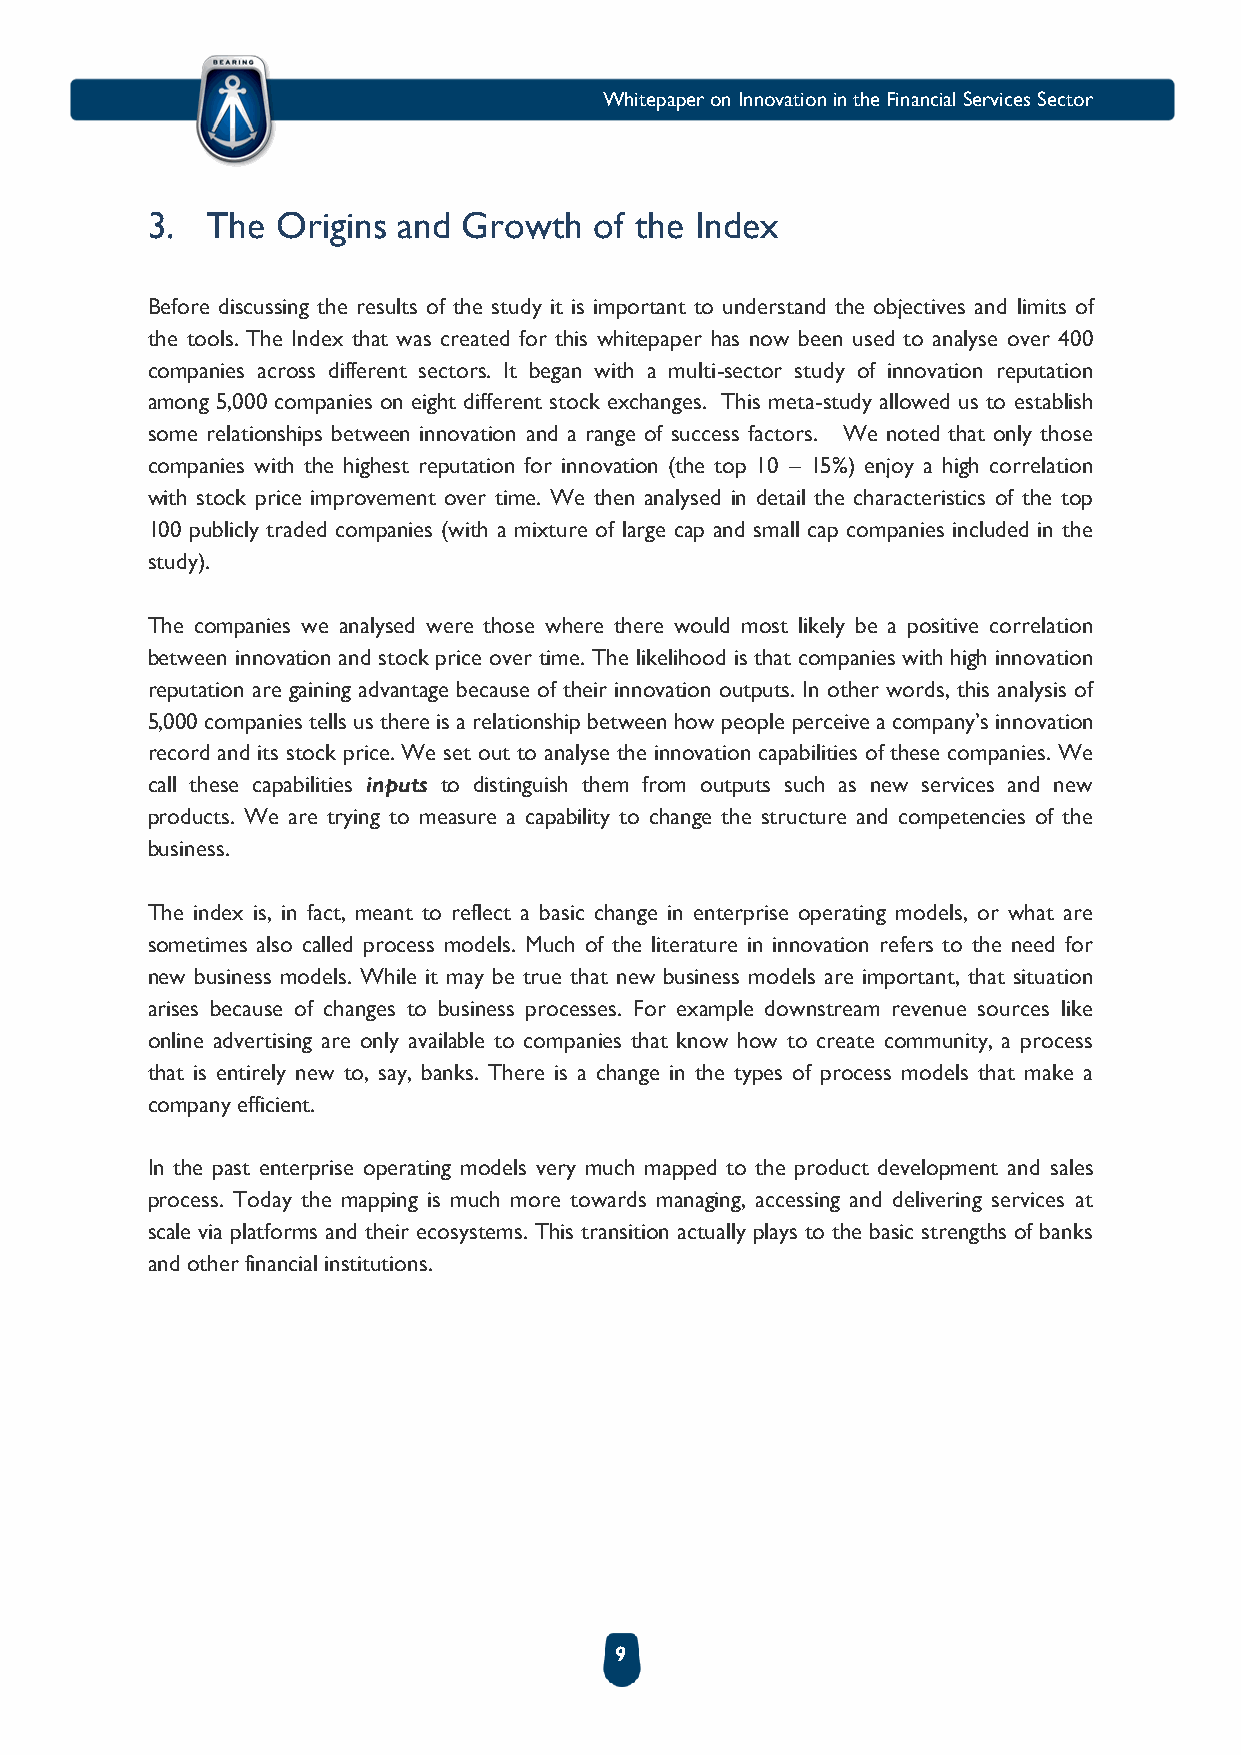
Whitepaper on Innovation in the Financial Services Sector
 3.  The Origins and  Growth  of the Index
 Before discussing the results of the study it is important to understand the objectives and limits of
 the tools. The Index that was created for this whitepaper has now been used to analyse over 400
 companies across different sectors. It began with a multi-sector study of innovation reputation
 among 5,000 companies on eight different stock exchanges. This meta-study allowed us to establish
 some relationships between innovation and a range of success factors. We noted that only those
 companies with the highest reputation for innovation (the top 10 – 15%) enjoy a high correlation
 with stock price improvement over time. We then analysed in detail the characteristics of the top
 100 publicly traded companies (with a mixture of large cap and small cap companies included in the
 study).
 The companies we analysed were those where there would most likely be a positive correlation
 between innovation and stock price over time. The likelihood is that companies with high innovation
 reputation are gaining advantage because of their innovation outputs. In other words, this analysis of
 5,000 companies tells us there is a relationship between how people perceive a company’s innovation
 record and its stock price. We set out to analyse the innovation capabilities of these companies. We
 call these capabilities inputs to distinguish them from outputs such as new services and new
 products. We are trying to measure a capability to change the structure and competencies of the
 business.
 The index is, in fact, meant to reflect a basic change in enterprise operating models, or what are
 sometimes also called process models. Much of the literature in innovation refers to the need for
 new business models. While it may be true that new business models are important, that situation
 arises because of changes to business processes. For example downstream revenue sources like
 online advertising are only available to companies that know how to create community, a process
 that is entirely new to, say, banks. There is a change in the types of process models that make a
 company efficient.
 In the past enterprise operating models very much mapped to the product development and sales
 process. Today the mapping is much more towards managing, accessing and delivering services at
 scale via platforms and their ecosystems. This transition actually plays to the basic strengths of banks
 and other financial institutions.
 9